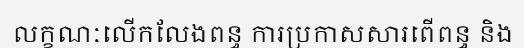
លក្ខណៈលើកលែងពន្ធ ការប្រកាសសារពើពន្ធ និង